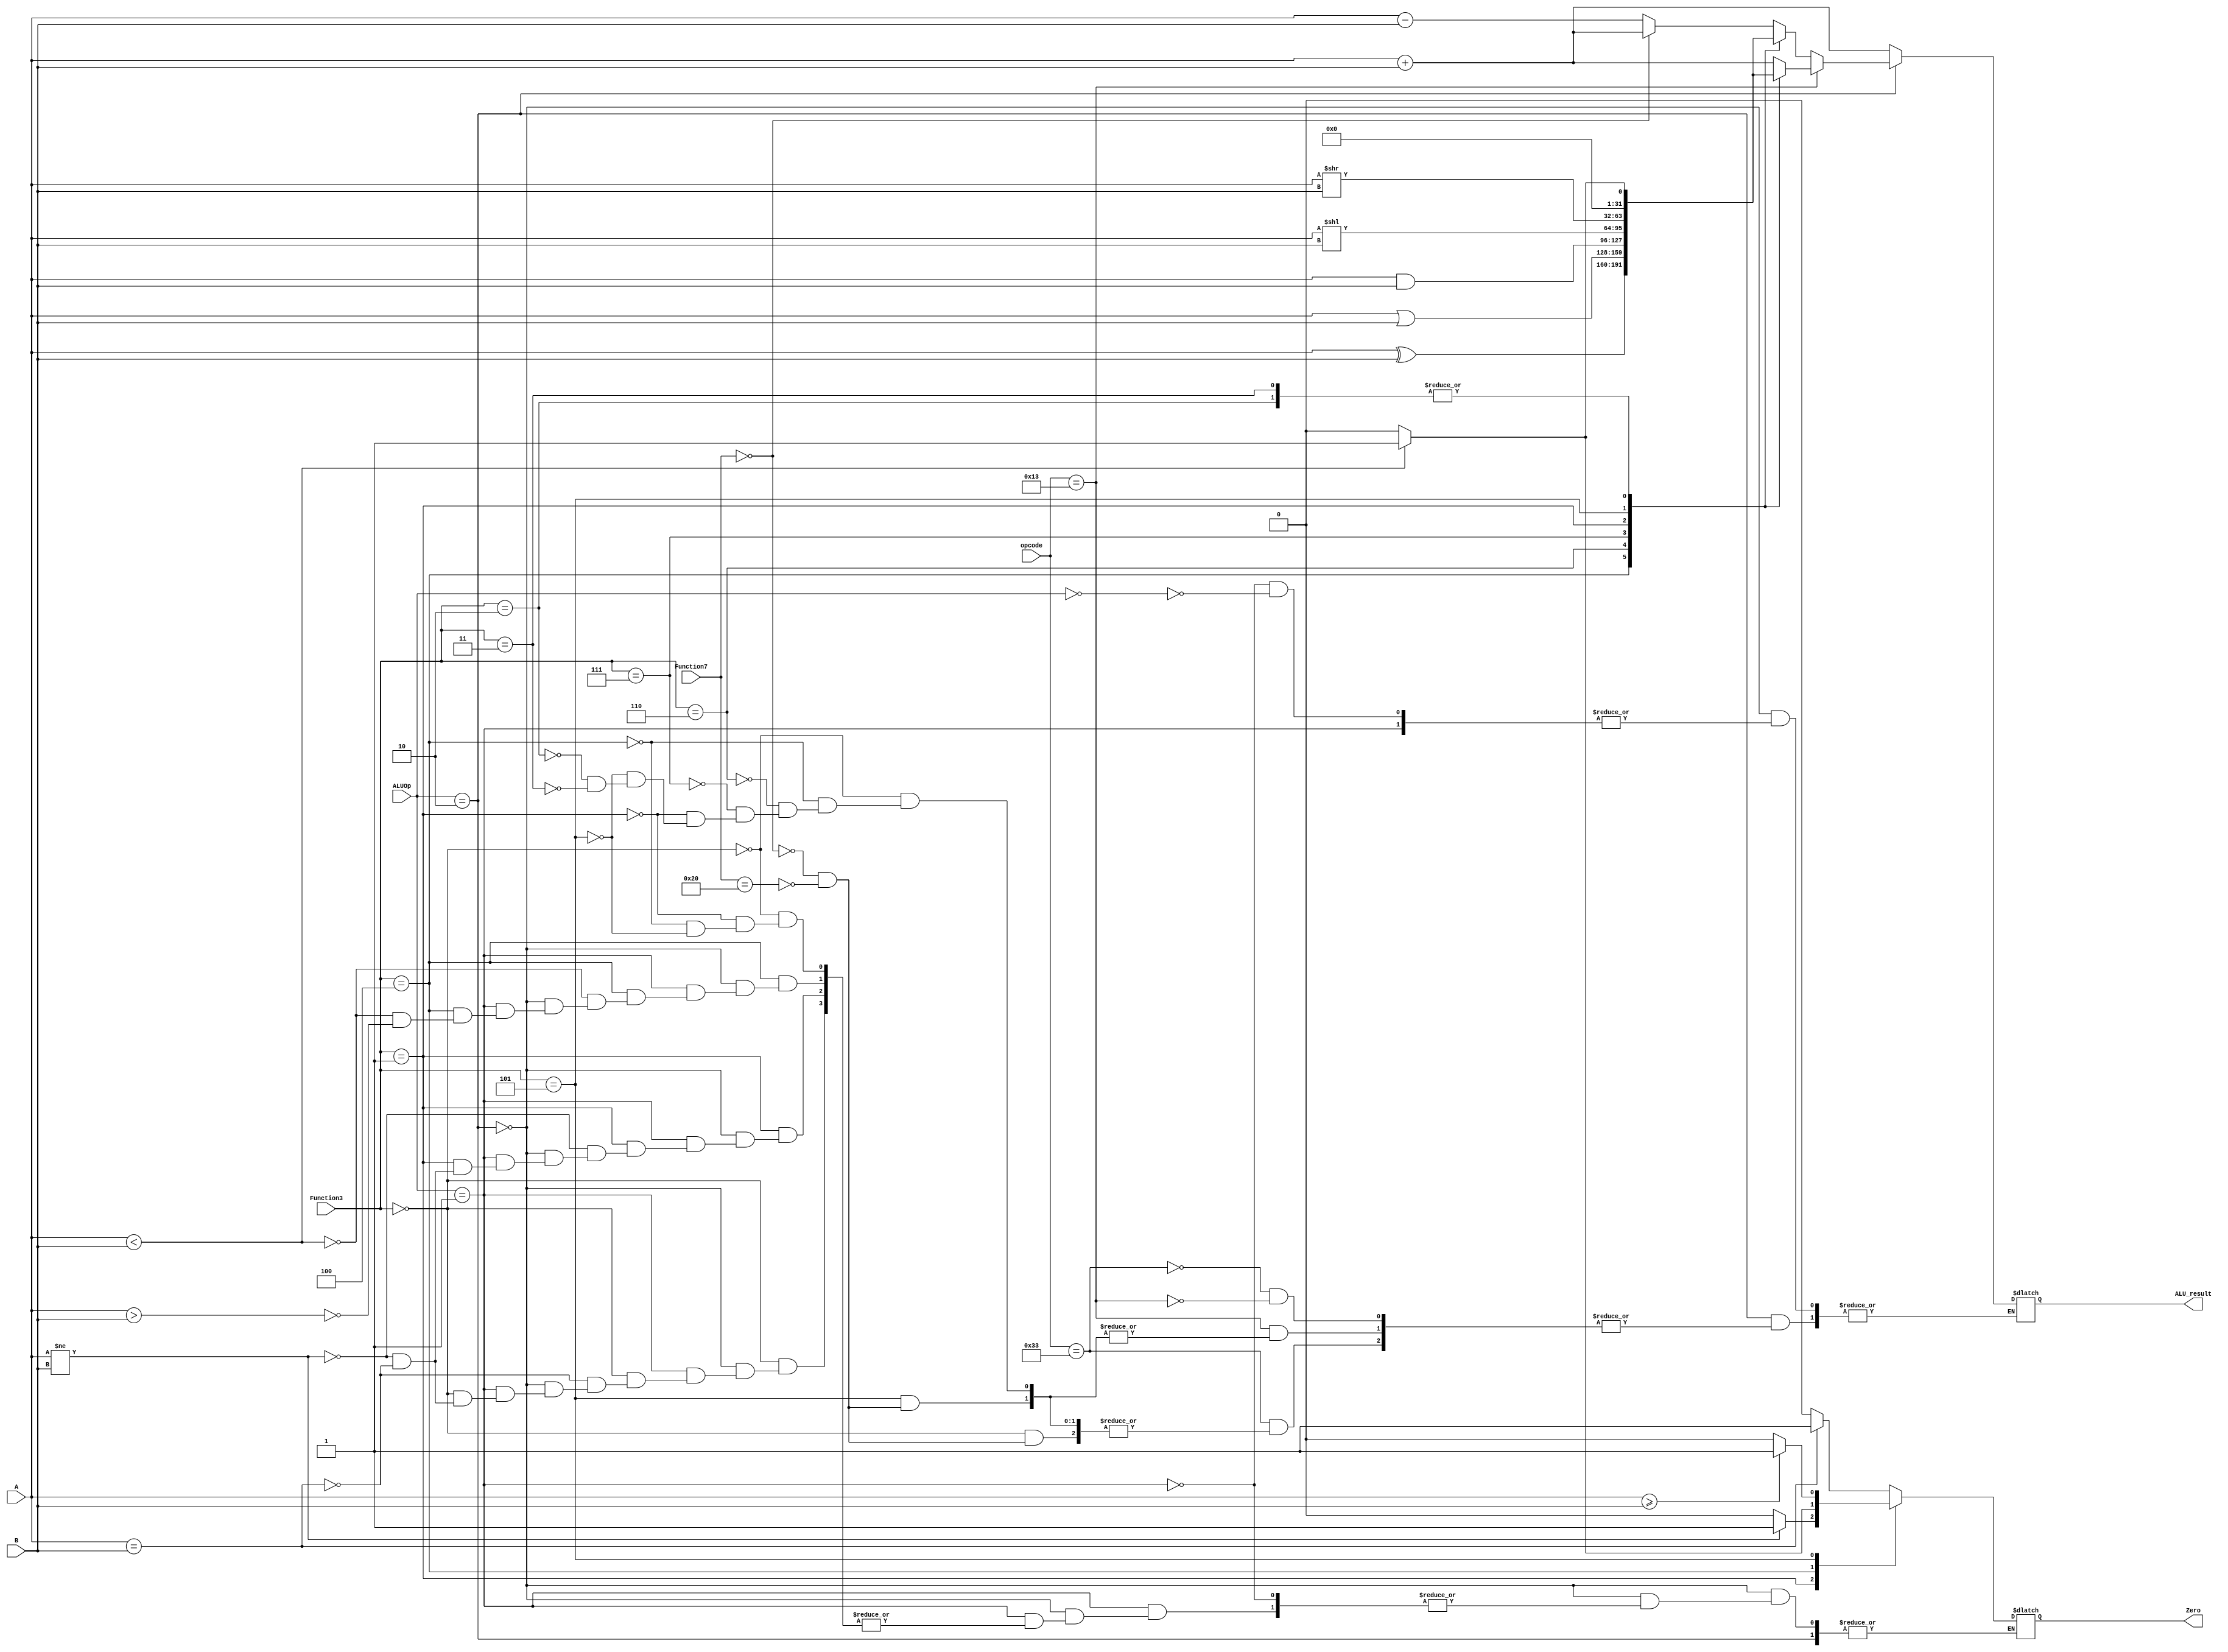
`timescale 1ns / 1ps
//////////////////////////////////////////////////////////////////////////////////
// Company: 
// Engineer: 
// 
// Design Name: 
// Module Name: ALU
// Project Name: 
// Target Devices: 
// Tool Versions: 
// Description: 
// 
// Dependencies: 
// 
// Revision:
// Revision 0.01 - File Created
// Additional Comments:
// 
//////////////////////////////////////////////////////////////////////////////////


module ALU(
input signed [31:0] A,B,
input [1:0]ALUOp,
input [6:0] opcode,
input [6:0]  Function7,
input [2:0] Function3,

//input  [4:0] Shamt,
output reg Zero=0,
output reg signed [31:0] ALU_result);

//reg [31:0] A1;
    always@(*)
    if(ALUOp==2'b10)

  case(opcode)
 7'b0_11_00_11://R-Type
                                        case(Function3)
                                        3'b000:  
                                                        if(Function7==7'b0000000)
                                                        ALU_result<=A+B; 
                                                        else if(Function7==7'b010_0000)
                                                        ALU_result<=A-B; 
                                                                          
                                        3'b100:    ALU_result<= A^B;
                                        3'b110:    ALU_result<=A|B;  
                                        3'b111:    ALU_result<=A&B;
                                        3'b001:    ALU_result<=A<<B;
                                        3'b101: 
                                                        if(Function7==7'b0000000)
                                                ALU_result<=A>>B;
                                                    else if(Function7==7'b010_0000)
                                                ALU_result<=A>>B;
                                        3'b010:  ALU_result<=(A<B)?1:0;
                                        3'b011:  ALU_result<=(A<B)?1:0;
                                        endcase
    
    7'b001_00_11:    //I-type
                                        case(Function3)
                                        3'b000:   ALU_result<=A+B;  
                                        3'b100: ALU_result<= A^B;
                                        3'b110: ALU_result<=A|B;  
                                        3'b111: ALU_result<=A&B;
                                        3'b001:  ALU_result<=A<<B;
                                        3'b101:              if(Function7==7'b0000000)
                                                                ALU_result<=A>>B;
                                                                    else if(Function7==7'b010_0000)
                                                                ALU_result<=A>>B;
                                             
                                        3'b010:  ALU_result<=(A<B)?1:0;
                                        3'b011:  ALU_result<=(A<B)?1:0;
                                                endcase
                                                    
//       7'b00_000_11:   //Load Immediate type instructions
//       7'b01_000_11:   //store Immediate type instructions
//       7'b11_000_11:   //Branch type instructions
//        case(Function3)
//                                        3'b000:    
//                                        if(A==B)
//                                        Zero=1;  
//                                        else if(A!=B)
//                                        Zero=0;
//                                        3'b001: ALU_result<= A^B;
//                                        3'b100: ALU_result<=A|B;  
//                                        3'b101: ALU_result<=A&B;
//                                        3'b110:  ALU_result<=A<<B;
//                                        3'b111:              if(Function7==7'b0000000)
//                                                                ALU_result<=A>>B;
//                                                                    else if(Function7==7'b010_0000)
//                                                                ALU_result<=A>>B;
//                                             endcase
                                                endcase    
       


       else if(ALUOp==2'b01)
       
//              7'b11_000_11:   //Branch type instructions
        case(Function3)
                                        3'b000:    
                                        if(A==B)//branch if equal
                                        Zero=1;  
                                        else if(A!=B)
                                        Zero=0;
                                        
                                        3'b001:    
                                        if(A!=B)//branch if not equal to
                                        Zero=1;  
                                        else if(A==B)
                                        Zero=0;
                                        
                                        3'b100:    //branch if less than
                                        if(A<B)
                                        Zero=1;  
                                        else if(A>B)
                                        Zero=0;
                                        
                                        3'b101:    //branch if greater than or equal
                                        if(A>=B)
                                        Zero=1;  
                                        else
                                        Zero=0;
                                        
                                        endcase
                                        
                                        
        else if(ALUOp==2'b00)                                  
          ALU_result<=A+B;             //store and load instructions                       

       
       
endmodule